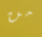
من